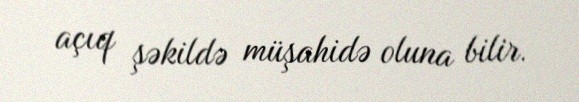
açıq şəkildə müşahidə oluna bilir.